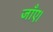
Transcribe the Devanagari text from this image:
जाँए।